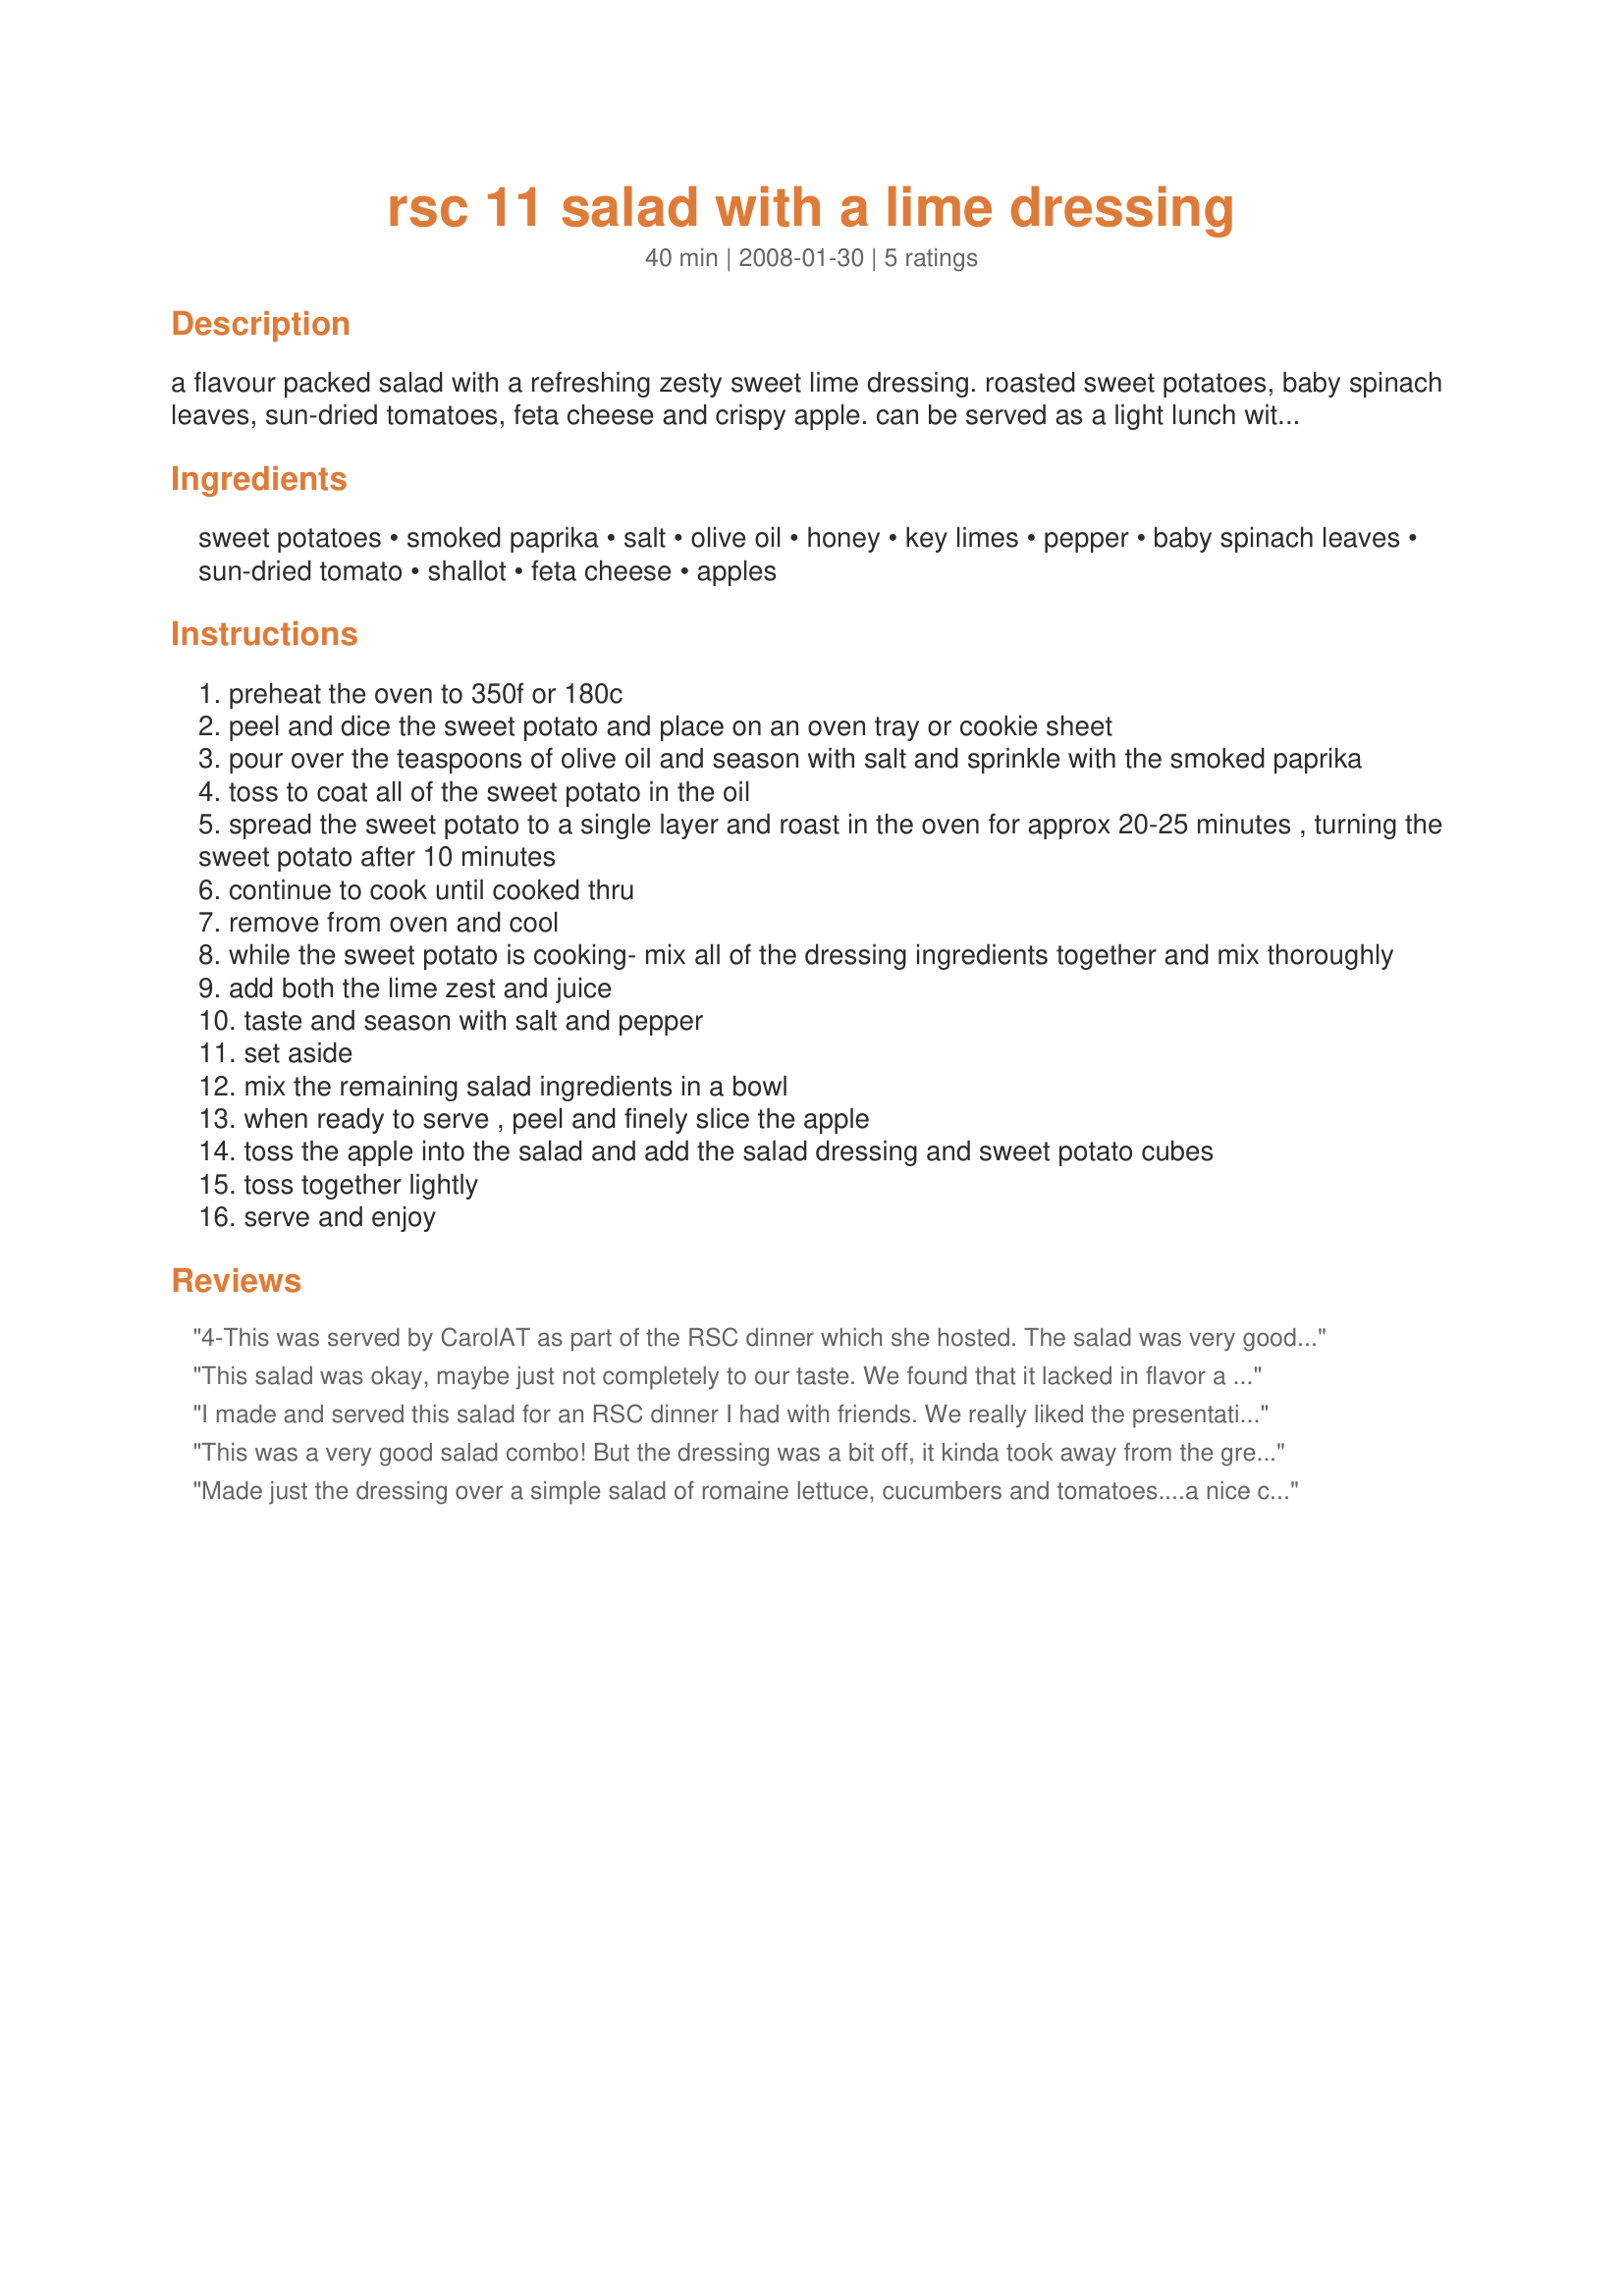
rsc 11 salad with a lime dressing
Preparation time: 40 minutes

a flavour packed salad with a refreshing zesty sweet lime dressing. roasted sweet potatoes, baby spinach leaves, sun-dried tomatoes, feta cheese and crispy apple. can be served as a light lunch with some crusty bread, as a side salad or as a meal with grilled or pan-fried chicken or seafood. slice the apples and add the dressing close to serving time.update: i've left this recipe as it was entered to rsc#11. feel free to vary the quantities of ingredients. as we do not have key limes available in australia-i used regular limes- perhaps key limes are tarter. i had fun making this recipe and being part of rsc.

Ingredients:
sweet potatoes, smoked paprika, salt, olive oil, honey, key limes, pepper, baby spinach leaves, sun-dried tomato, shallot, feta cheese, apples

Steps:
preheat the oven to 350f or 180c
peel and dice the sweet potato and place on an oven tray or cookie sheet
pour over the teaspoons of olive oil and season with salt and sprinkle with the smoked paprika
toss to coat all of the sweet potato in the oil
spread the sweet potato to a single layer and roast in the oven for approx 20-25 minutes , turning the sweet potato after 10 minutes
continue to cook until cooked thru
remove from oven and cool
while the sweet potato is cooking- mix all of the dressing ingredients together and mix thoroughly
add both the lime zest and juice
taste and season with salt and pepper
set aside
mix the remaining salad ingredients in a bowl
when ready to serve , peel and finely slice the apple
toss the apple into the salad and add the salad dressing and sweet potato cubes
toss together lightly
serve and enjoy

Reviews:
4-This was served by CarolAT as part of the RSC dinner which she hosted. The salad was very good with an interesting combination of ingredients. The quantity of feta cheese seemed to be a little to much and was reduced to about half and one apple would have been enough. The salad dressing was perfect for the other ingredients. Good luck in RSC #11.
This salad was okay, maybe just not completely to our taste. We found that it lacked in flavor a little and the dressing was slightly bitter. The apples and feta cheese were very nice additions though. Maybe I'll tweak the dressing a bit next time, thanks!
I made and served this salad for an RSC dinner I had with friends. We really liked the presentation of all the colors and textures in the salad. The lime dressing was a good match for all the salad ingredients. I could not find smoked paprika so I had to use regular paprika on the sweet potatoes. This was a good salad, however, a pinch of paprika was not enough to taste the flavor. Next time, I will add at least 1/2 to 1 teaspoon to the sweet potatoes. Also, I felt that 6 ounces of feta cheese would really overpower the salad so I only put in half of the amount called for.
This was a very good salad combo! But the dressing was a bit off, it kinda took away from the greatness of the mixture of the other salad ingredients. Next time I will use a diffrent dressing, or skip a dressing all together.
Made just the dressing over a simple salad of romaine lettuce, cucumbers and tomatoes....a nice change from our regular oil and vinegar dressing. Great when making a mexican dish for dinner! Thanks!
